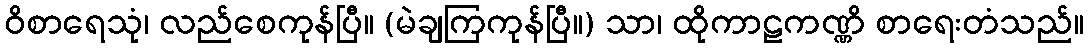
ဝိစာရေသုံ၊ လည်စေကုန်ပြီ။ (မဲချကြကုန်ပြီ။) သာ၊ ထိုကာဠကဏ္ဏိ စာရေးတံသည်။